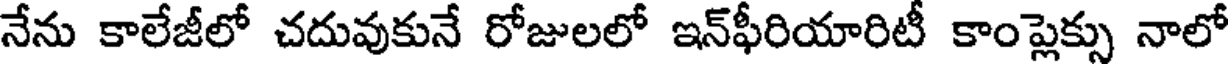
నేను కాలేజీలో చదువుకునే రోజులలో ఇన్ఫీరియారిటీ కాంప్లెక్సు నాలో